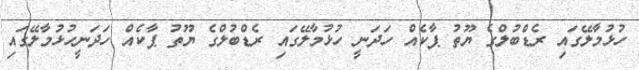
ހުޅުމާލޭގައި ރެޑްބުލްގެ ޔޫތު ޕާކެއް ހަދަނީ ހުޅުމާލޭގައި ރެޑްބުލްގެ ޔޫތު ޕާކެއް ހަދަނީހުޅުމާލޭގައި